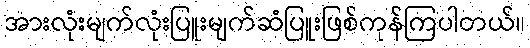
အားလုံးမျက်လုံးပြူးမျက်ဆံပြူးဖြစ်ကုန်ကြပါတယ်။